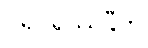
ပရိပူရိဿန္တီတိ